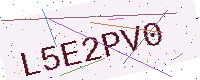
Text: L5E2PV0